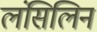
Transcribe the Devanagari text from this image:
लंसिलिन